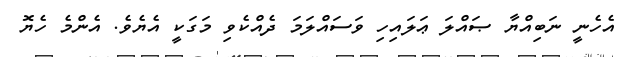
އެހެނީ ނަބިއްޔާ ޞައްލަ ޢަލައިހި ވަސައްލަމަ ދެއްކެވި މަގަކީ އެޔެވެ. އެންމެ ހެޔޮ